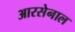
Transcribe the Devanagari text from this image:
आरसेनाल